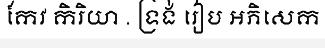
កែវ កិរិយា . ទ្រង់ រៀប អភិសេក